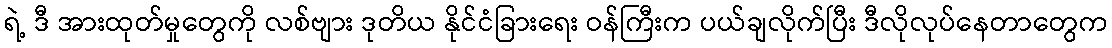
ရဲ့ ဒီ အားထုတ်မှုတွေကို လစ်ဗျား ဒုတိယ နိုင်ငံခြားရေး ဝန်ကြီးက ပယ်ချလိုက်ပြီး ဒီလိုလုပ်နေတာတွေက